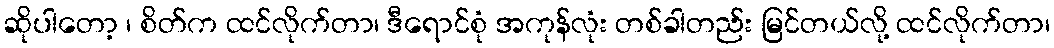
ဆိုပါတော့ ၊ စိတ်က ထင်လိုက်တာ၊ ဒီရောင်စုံ အကုန်လုံး တစ်ခါတည်း မြင်တယ်လို့ ထင်လိုက်တာ၊